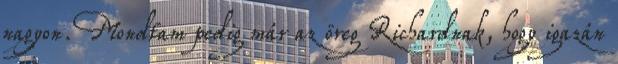
nagyon. Mondtam pedig már az öreg Richardnak, hogy igazán